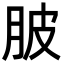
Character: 䏢